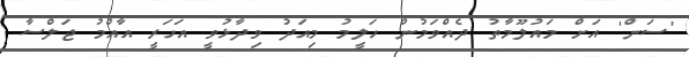
'ސަން' އަށް މައުލޫމާތު ދެއްވަމުން ހަލީމު މިއަދު ވިދާޅުވީ އަހަރީ އާއްމު ޖަލްސާ